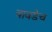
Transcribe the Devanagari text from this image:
वावडेच